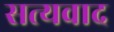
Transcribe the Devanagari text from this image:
सत्यवाद